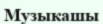
Музыкашы